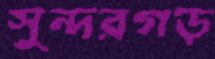
সুন্দরগড়